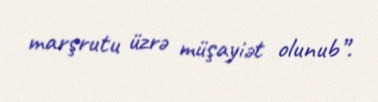
marşrutu üzrə müşayiət olunub”.